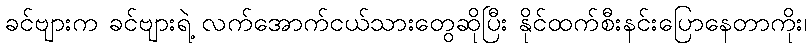
ခင်ဗျားက ခင်ဗျားရဲ့ လက်အောက်ငယ်သားတွေဆိုပြီး နိုင်ထက်စီးနင်းပြောနေတာကိုး၊